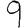
Digit: 9